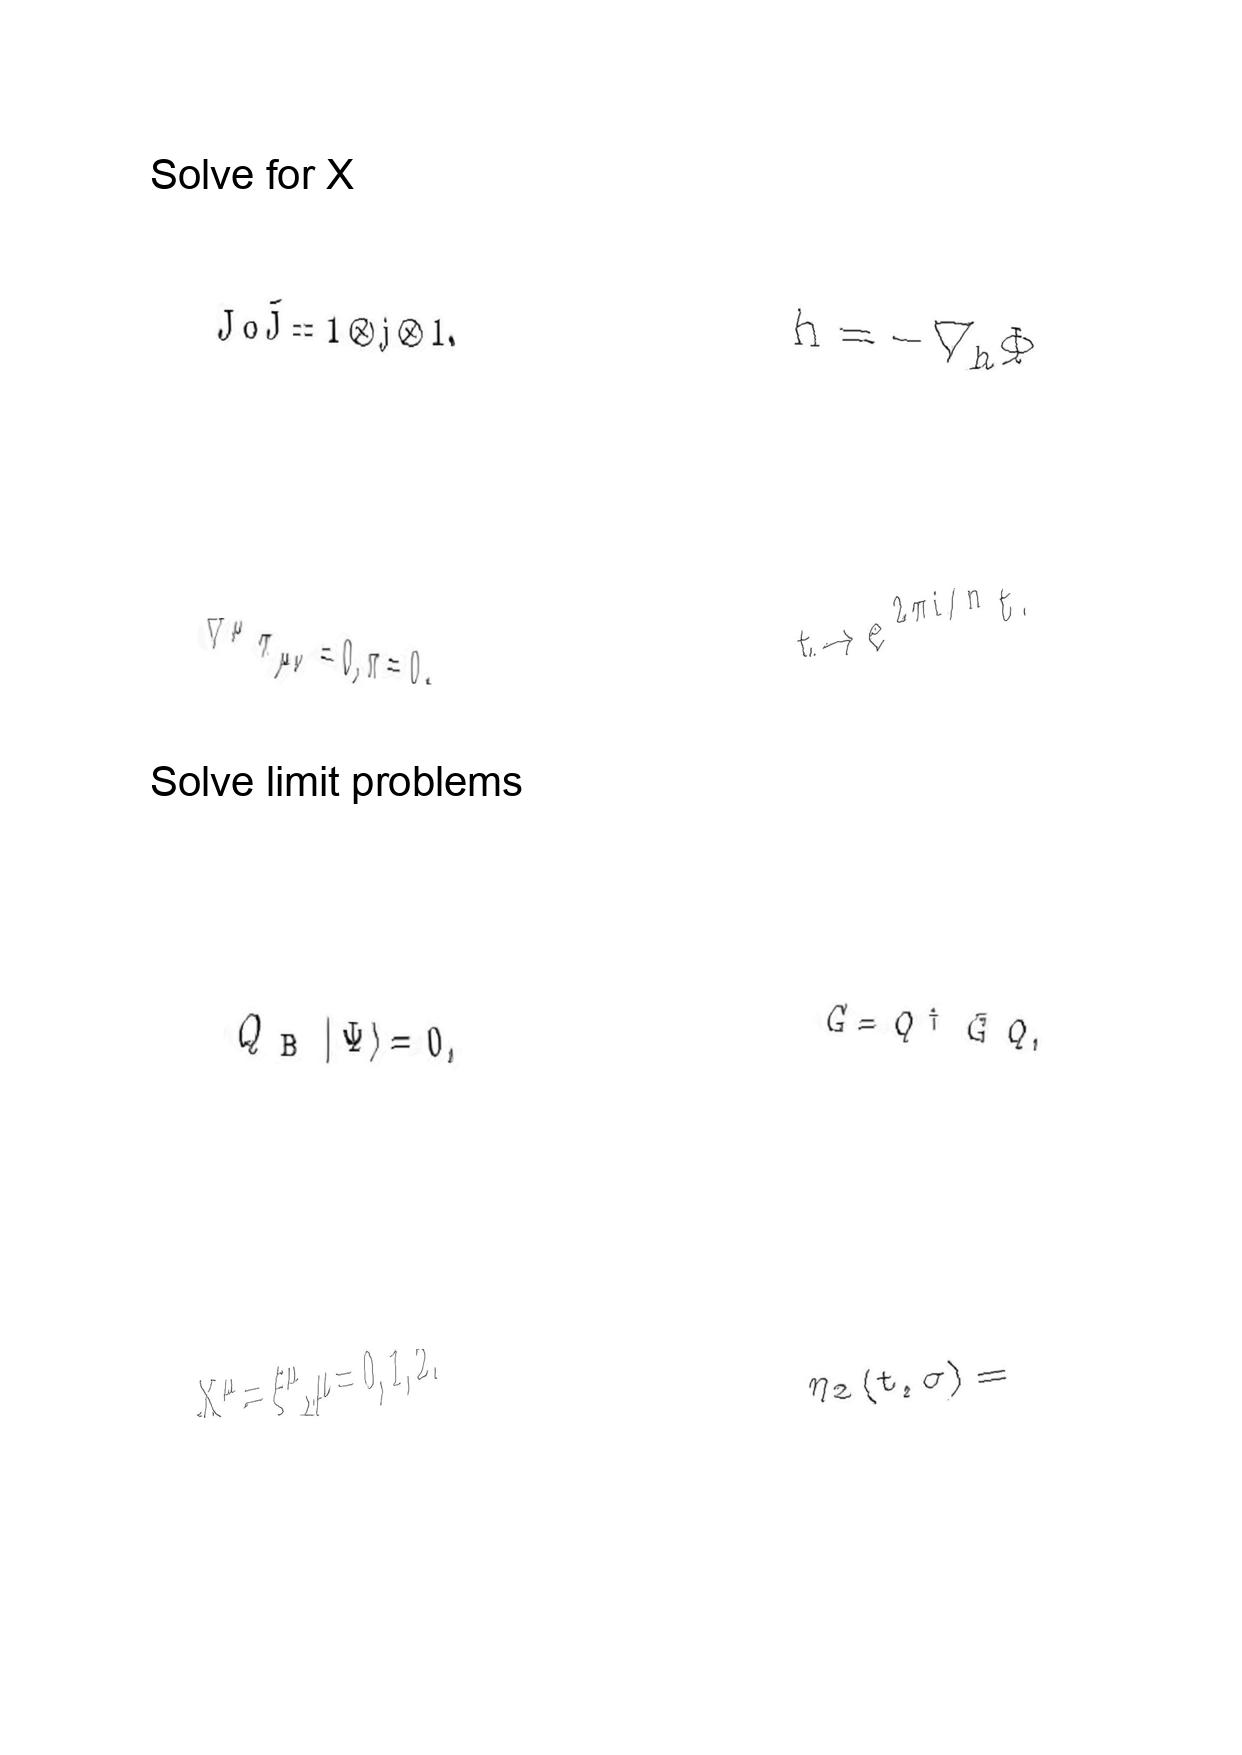
LaTeX transcription:
J \circ \tilde { J } = 1 \otimes j \otimes 1 .
\nabla ^ { \mu } \pi _ { \mu \nu } = 0 , \pi = 0 .
Q _ { \mathrm { B } } \vert \Psi \rangle = 0 ,
X ^ { \mu } = \xi ^ { \mu } , \mu = 0 , 1 , 2 .
\ddot { h } = - \nabla _ { h } \Phi
t \rightarrow e ^ { 2 \pi i / n } t .
G = Q ^ { \dagger } \bar { G } Q ,
\eta _ { 2 } \lparen t , \sigma \rparen =